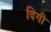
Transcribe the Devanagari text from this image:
दिगी